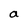
Character: a